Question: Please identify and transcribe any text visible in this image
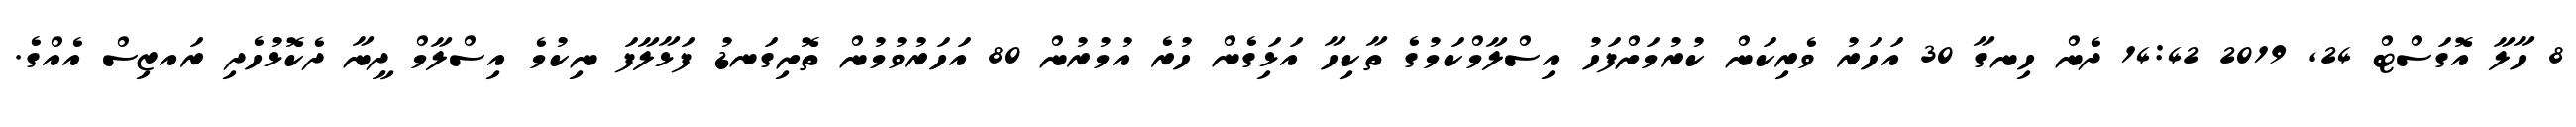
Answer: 8 ހާލާ އޮގަސްޓް 24, 2019 14:42 ދެން ހިނގާ 30 އަހަރު ވެރިކަން ކުރުމަށްފަހު އިސްލާމްކަމުގެ ތާކިހާ އަޅަިގެން ހުރެ އުމުރުން 80 އަހަރުވުމުން ތޮށިގަނޑު ފަޅާލާފަ ނިކުމެ އިސްލާމް ދީނާ ދެކޮޅުހެދި ރައޒިސް އެއްގެ.